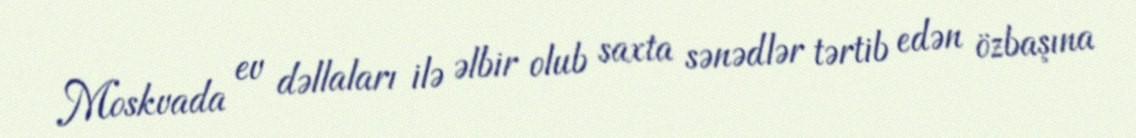
Moskvada ev dəllaları ilə əlbir olub saxta sənədlər tərtib edən özbaşına